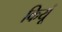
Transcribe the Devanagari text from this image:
कियूं